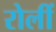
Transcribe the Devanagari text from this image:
रोलीं